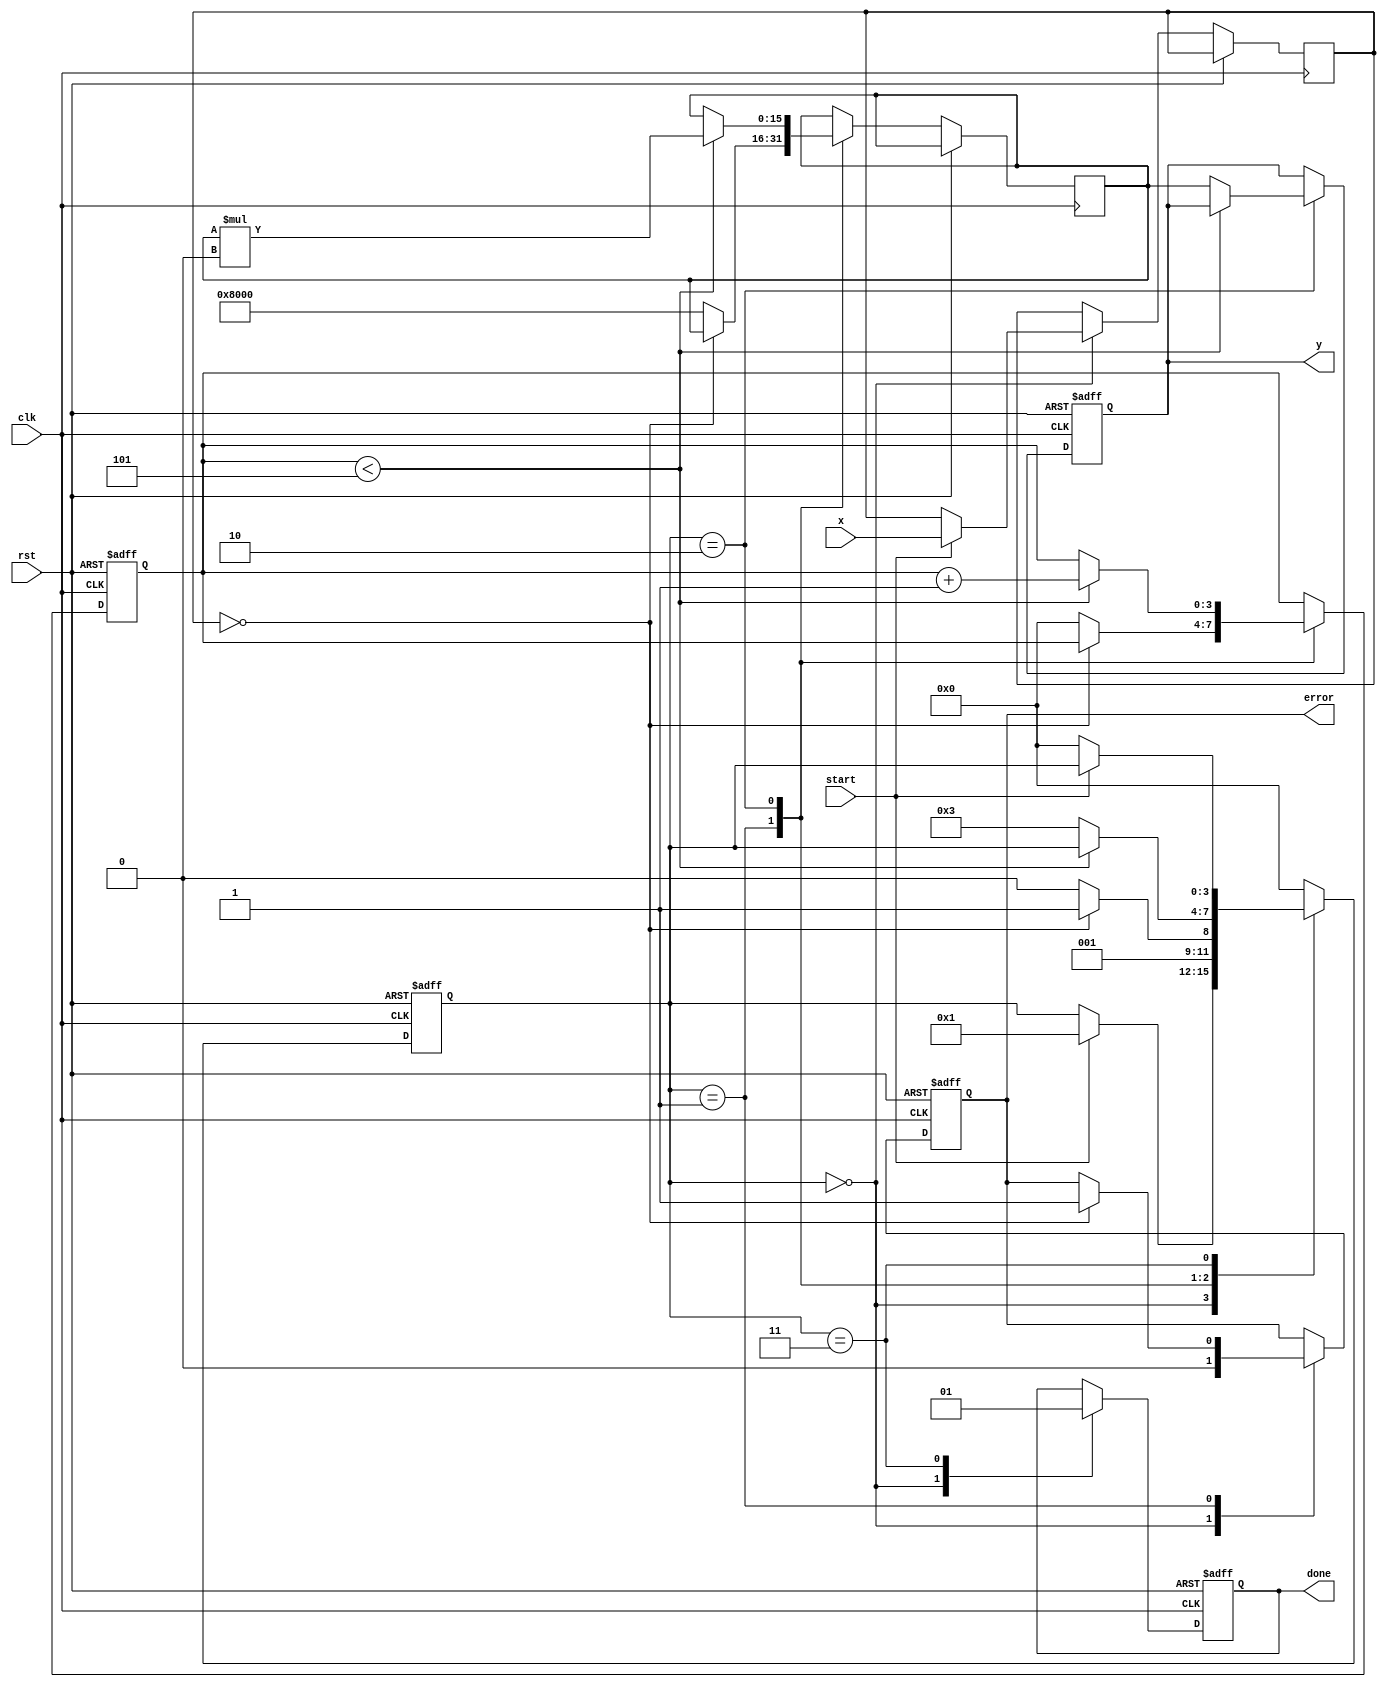
module reciprocal_arithmetic_block #(
    parameter N = 16, // Number of bits for input x
    parameter M = 16, // Number of bits for output y
    parameter ITERATIONS = 5 // Number of iterations for Newton-Raphson
)(
    input wire clk,
    input wire rst,
    input wire start,
    input wire [N-1:0] x, // Input: binary fractional number (0 < x < 1)
    output reg [M-1:0] y, // Output: reciprocal (1/x)
    output reg done, // Indicates computation is complete
    output reg error // Indicates an error (e.g., division by zero)
);

    reg [N-1:0] x_reg;
    reg [M-1:0] approx; // Current approximation of the reciprocal
    reg [3:0] state; // State machine for control
    reg [3:0] iteration_count; // Iteration counter

    // State definitions
    localparam IDLE = 0,
               VALIDATE = 1,
               COMPUTE = 2,
               DONE = 3;

    always @(posedge clk or posedge rst) begin
        if (rst) begin
            state <= IDLE;
            y <= 0;
            done <= 0;
            error <= 0;
            iteration_count <= 0;
        end else begin
            case (state)
                IDLE: begin
                    done <= 0;
                    error <= 0;
                    if (start) begin
                        x_reg <= x;
                        state <= VALIDATE;
                    end
                end

                VALIDATE: begin
                    if (x_reg == 0) begin
                        error <= 1; // Division by zero
                        state <= DONE;
                    end else begin
                        // Initial approximation: 1 (scaled to M bits)
                        approx <= {1'b1, {M-1{1'b0}}}; // 1.000...0
                        iteration_count <= 0;
                        state <= COMPUTE;
                    end
                end

                COMPUTE: begin
                    if (iteration_count < ITERATIONS) begin
                        // Newton-Raphson iteration: approx = approx * (2 - x * approx)
                        approx <= approx * ({1'b0, 1'b1} - (x_reg * approx) >> N);
                        iteration_count <= iteration_count + 1;
                    end else begin
                        y <= approx; // Final result
                        state <= DONE;
                    end
                end

                DONE: begin
                    done <= 1;
                    if (!start) begin
                        state <= IDLE; // Reset state on start signal low
                    end
                end

                default: state <= IDLE;
            endcase
        end
    end

endmodule